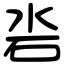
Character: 沯